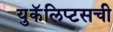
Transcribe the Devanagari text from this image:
युकॅलिप्टसची